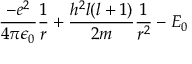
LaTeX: { \frac { - e ^ { 2 } } { 4 \pi \epsilon _ { 0 } } } { \frac { 1 } { r } } + { \frac { h ^ { 2 } l ( l + 1 ) } { 2 m } } { \frac { 1 } { r ^ { 2 } } } - E _ { 0 }